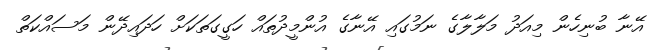
އޭނާ ބުނިހެން މިއަދު މަލާލާގެ ނަމުގައި އޭނާގެ އުންމީދުތައް ހަގީގަތަކަށް ހަދައިދޭން މަސައްކަތް